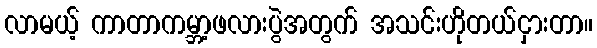
လာမယ့် ကာတာကမ္ဘာ့ဖလားပွဲအတွက် အသင်းဟိုတယ်ငှားတာ။